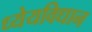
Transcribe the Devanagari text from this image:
ध्येयविधान